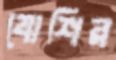
যোশির